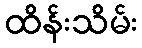
ထိန်းသိမ်း